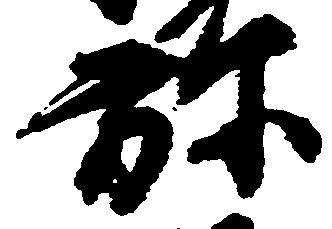
弥